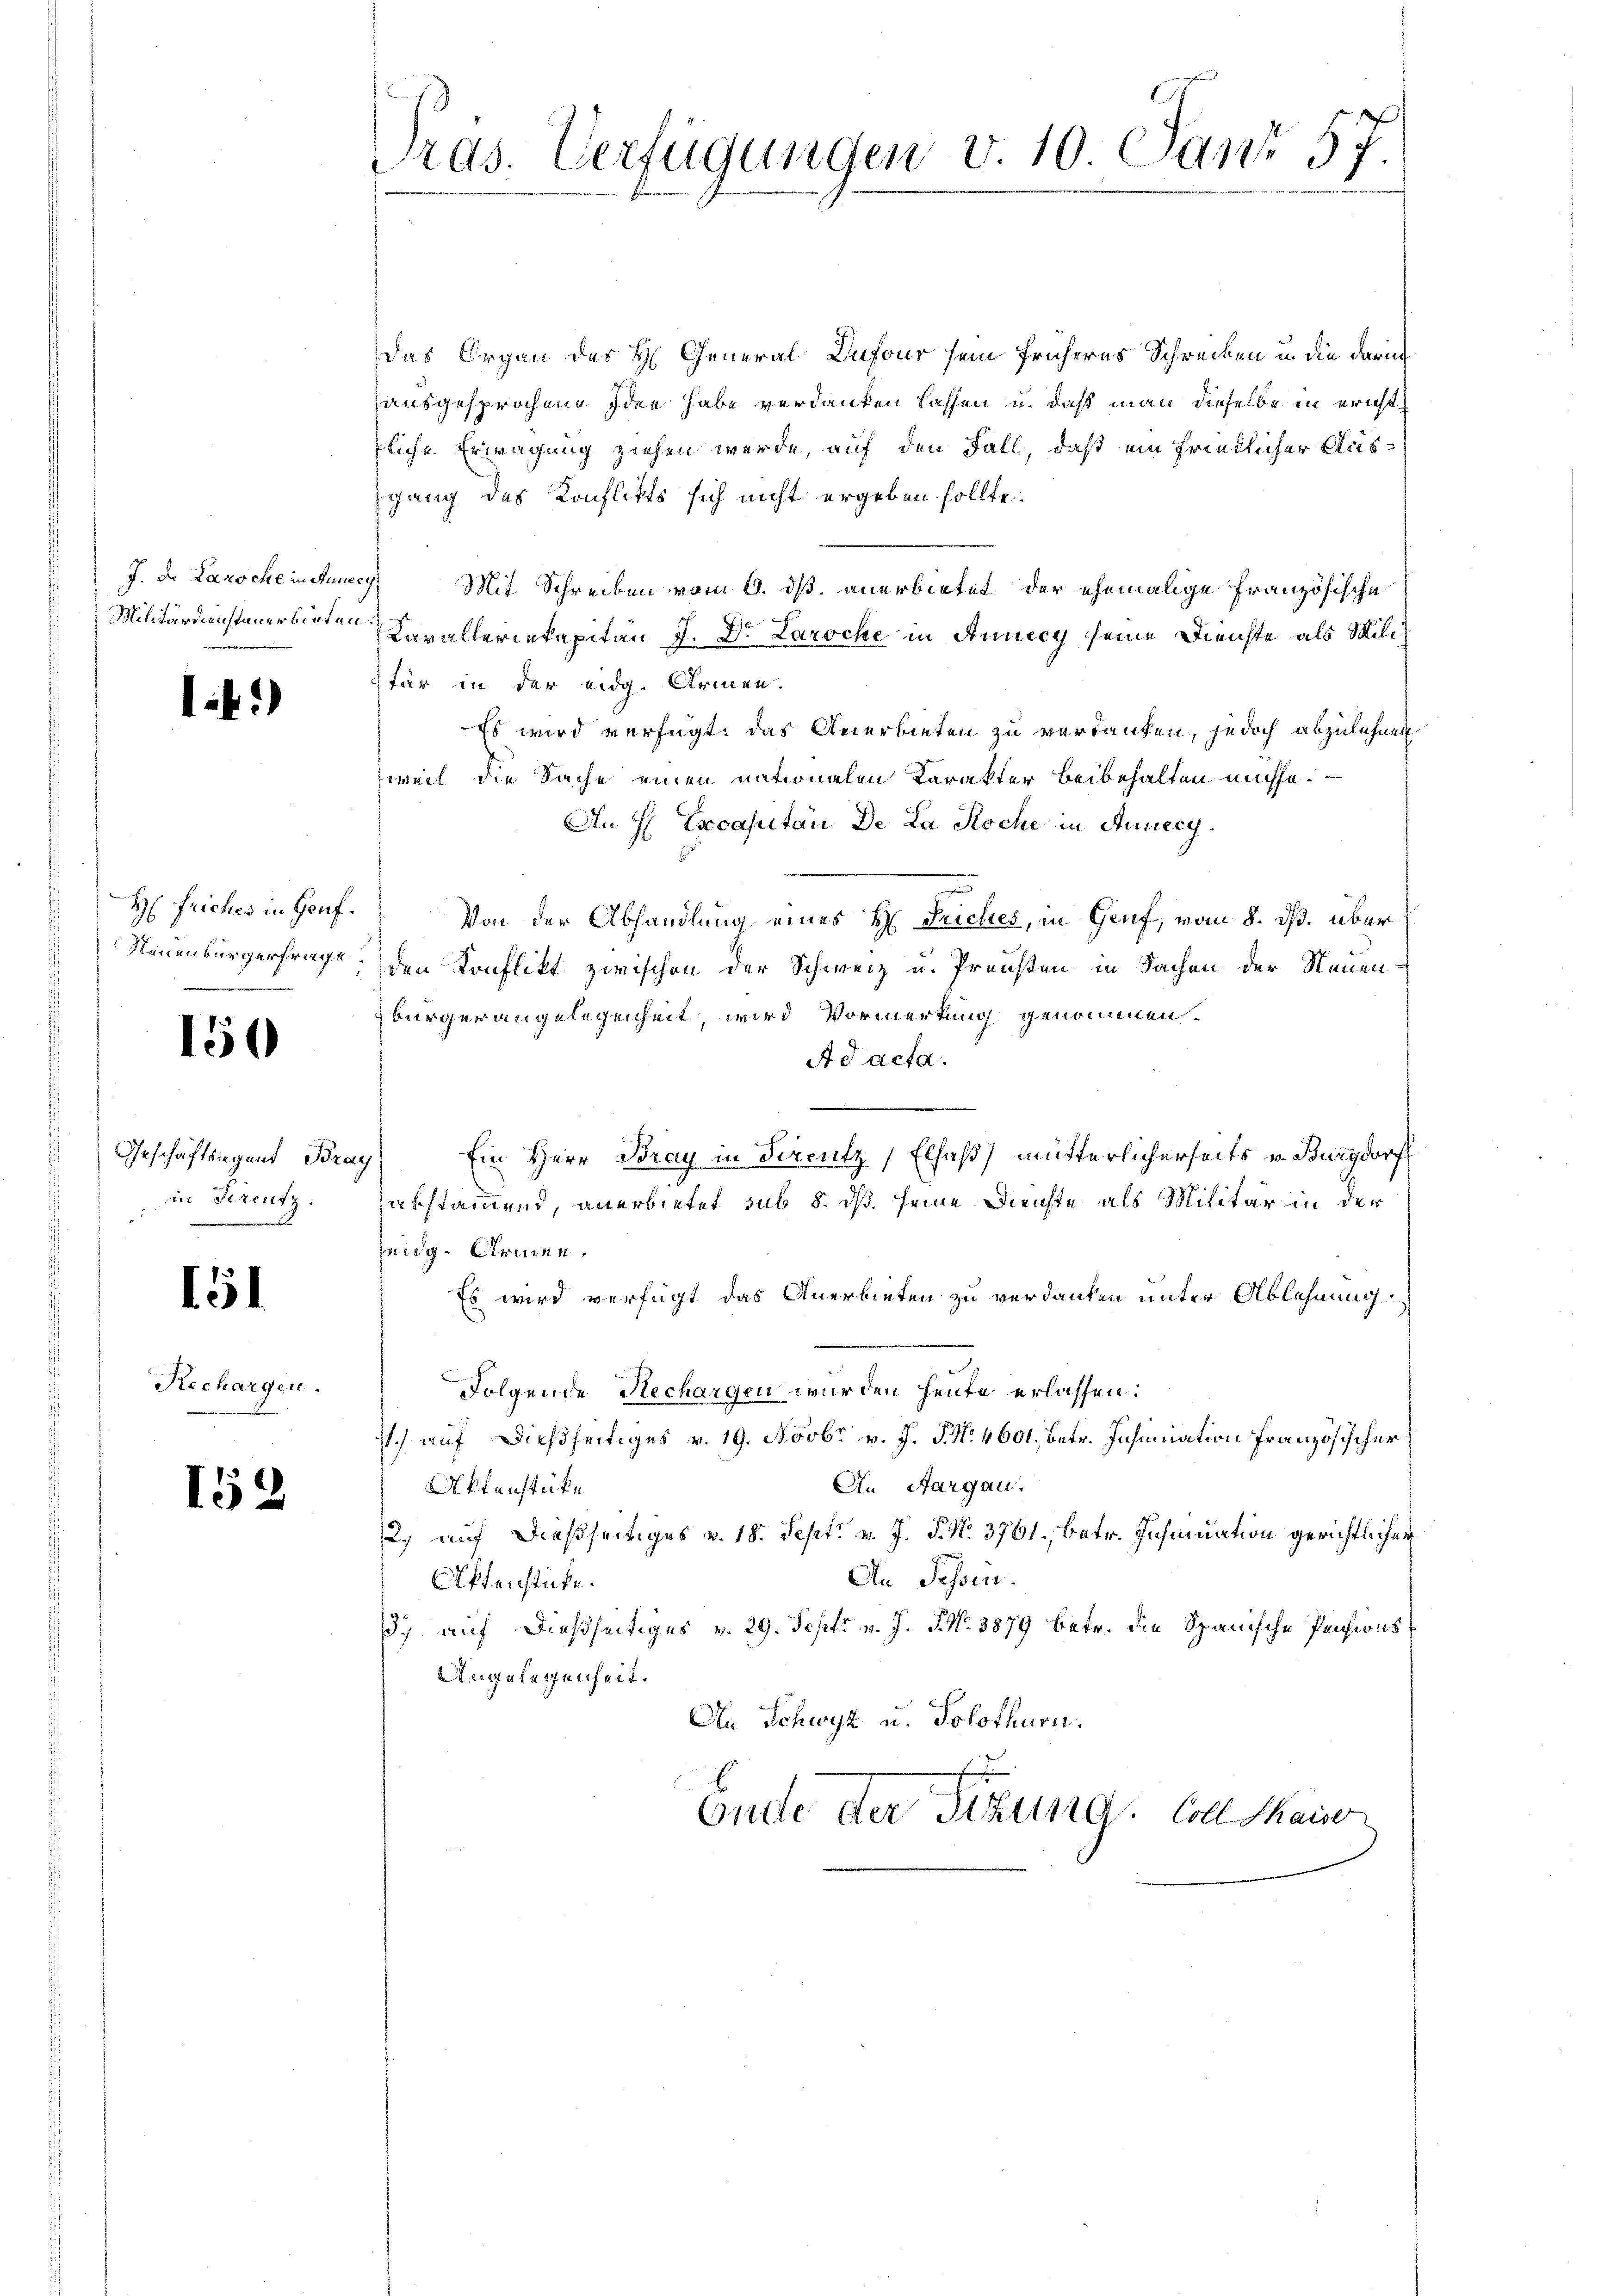
)

H: Frickes in Genf.

150

Geschäftsagend Br
in Streitz
2

151

Rechargen.

152

Pras. Verfügungen v. 10. Jan 57.

Das Organ des H. General Dufour sein früheres Schreiben u. die darin
ausgesprochene Idee habe verdanken lassen u. daß man dieselbe in ericht
liche Erwägung ziehen werde, auf den Fall, daß ein friedlicher Aussgang des Konflikts sich nicht ergeben sollte.
J. d. Larocheintunecy. Mit Schreiben vom 9. ds. anerbietet der ehemalige Französische
Militärdienstanerbieten Paralleriekapitän J. Dr. Laroche in Annecy seine Dienste als Miliz
für in der eidg. Armen.
Es wird verfügt: das Anerbieten zu verdanken, jedoch abzulehnen
weil die Sache einen nationalen Karakter Beibehalten müchse.
An H. Excapitän De La Roche in Anneey¬
Von der Abhandlung eines H. Suches, in Genf, vom 8. ds. über
Neuenburgerfrage den Konflikt zwischen der Schweiz u. Pronsten in Sachen der Neuen
bürgerangelegenheit, wird Vormerkung genommen.
Ad acta.
ay) Ein Herr Bray in Sereutz, Elsaß) mütterlicherseits v. Burgdorf
abstammend, anerbietet sub 5. dß. seine Dienste als Militär in der
zung Armen,
Es wird verfügt das Anerbieten zu verdanken unter Ablehnung
Folgende Rechargen wurden heute erlassen:
I.) auf dießseitiges v. 19. Novbr v. J. J. N. 4601, betr. Insinuation Französischer
An Aargau.
Aktenstücke
2., auf dießseitiges v. 18. Sept. v. J. P. N. 3761, betr. Zuhmuation gerichtlicher
An Sessen.
Offenstücke.
3) auf dießseitiges v. 29. Sept. v. J. P. Nr. 3879 betr. die Spanische Pensions
Angelegenheit.
An Schwyz u. Solothurn.
Endte der Sitzung. Coll Mauer